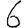
Digit: 6